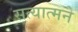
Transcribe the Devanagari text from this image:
सत्यात्मने